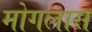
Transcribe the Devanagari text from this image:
मोगलास